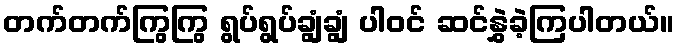
တက်တက်ကြွကြွ ရွပ်ရွပ်ချွံချွံ ပါဝင် ဆင်နွှဲခဲ့ကြပါတယ်။